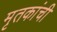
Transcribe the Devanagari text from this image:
मृतकांची